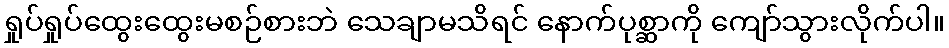
ရှုပ်ရှုပ်ထွေးထွေးမစဉ်စားဘဲ သေချာမသိရင် နောက်ပုစ္ဆာကို ကျော်သွားလိုက်ပါ။